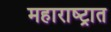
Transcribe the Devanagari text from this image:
महाराष्‍ट्रात